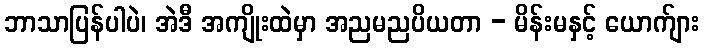
ဘာသာပြန်ပါပဲ၊ အဲဒီ အကျိုးထဲမှာ အညမညပိယတာ - မိန်းမနှင့် ယောက်ျား